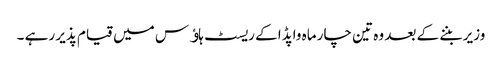
وزیر بننے کے بعد وہ تین چار ماہ واپڈا کے ریسٹ ہاﺅس میں قیام پذیر رہے ۔